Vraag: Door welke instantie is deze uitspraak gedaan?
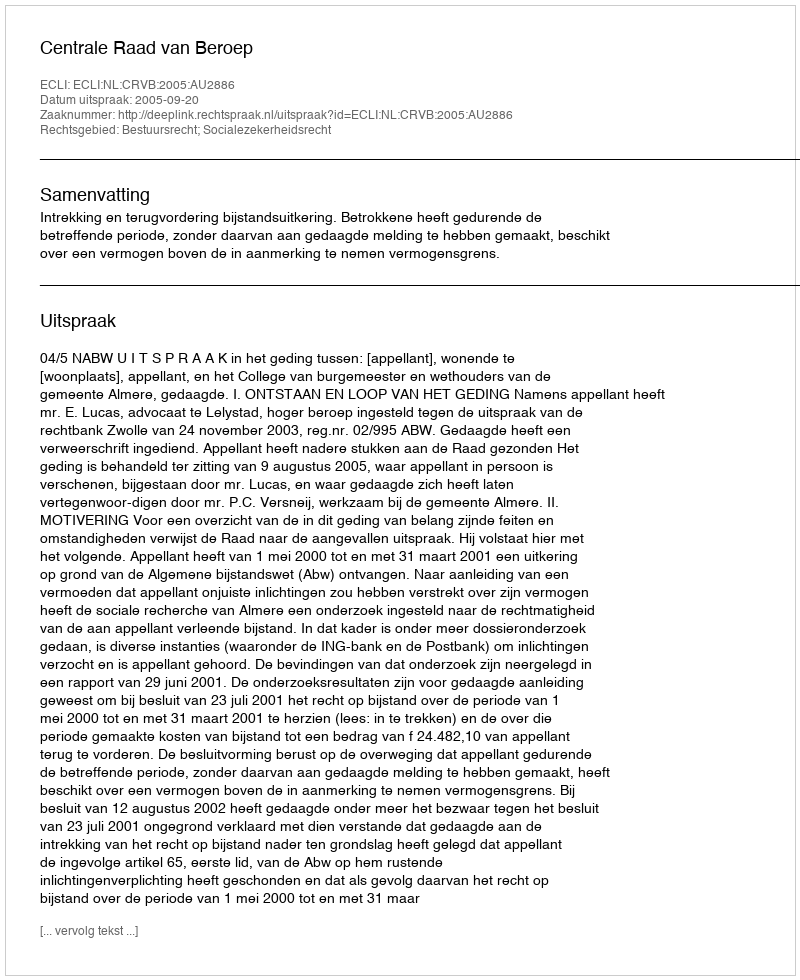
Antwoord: Centrale Raad van Beroep